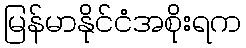
မြန်မာနိုင်ငံအစိုးရက